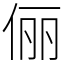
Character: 俪